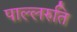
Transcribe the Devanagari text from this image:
पाल्लरुति